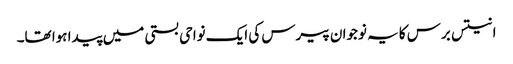
انتیس برس کا یہ نوجوان پیرس کی ایک نواحی بستی میں پیدا ہوا تھا۔